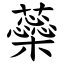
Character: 蘂